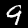
Label: 9